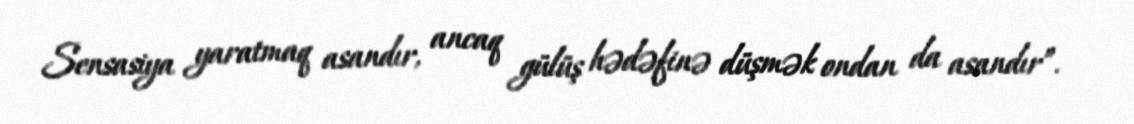
Sensasiya yaratmaq asandır, ancaq gülüş hədəfinə düşmək ondan da asandır”.